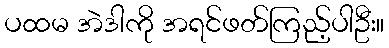
ပထမ အဲဒါကို အရင်ဖတ်ကြည့်ပါဦး။